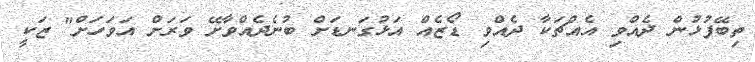
ތިބޭފުޅުން ދެއްވި އެއްޗަކާ ދެއްވި ޑޯޒެއް އަޅުގަނޑަށް ބުނެދެއްވާށޭ ވަރަށް އަވަހަށް" ޒަކީ